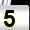
Digit: 5